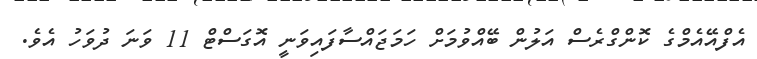
އެފްއޭއެމްގެ ކޮންގްރެސް އަލުން ބޭއްވުމަށް ހަމަޖައްސާފައިވަނީ އޮގަސްޓް 11 ވަނަ ދުވަހު އެވެ.